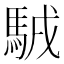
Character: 𩣊